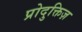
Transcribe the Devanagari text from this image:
प्रोदुक्तिज़